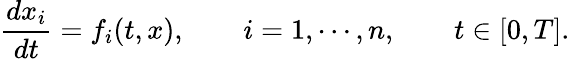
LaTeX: \frac{dx_{i}}{dt}=f_{i}(t,x),\qquad i=1,\cdots,n,\qquad t\in[0,T].